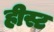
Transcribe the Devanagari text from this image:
हीस्ट